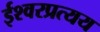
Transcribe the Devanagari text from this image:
ईश्वरप्रत्यय